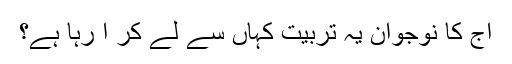
آج کا نوجوان یہ تربیت کہاں سے لے کر آ رہا ہے؟